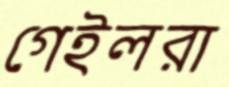
গেইলরা